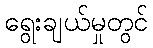
ရွေးချယ်မှုတွင်